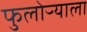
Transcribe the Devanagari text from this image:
फुलोऱ्याला